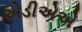
એડીએએ